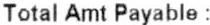
TOTAL AMT PAYABLE :